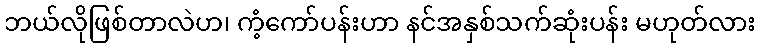
ဘယ်လိုဖြစ်တာလဲဟ၊ ကံ့ကော်ပန်းဟာ နင်အနှစ်သက်ဆုံးပန်း မဟုတ်လား